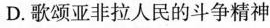
D.歌颂亚非拉人民的斗争精神